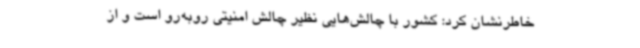
خاطرنشان کرد: کشور با چالش‌هایی نظیر چالش امنیتی روبه‌رو است و از